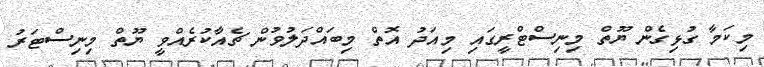
މިކަމާ ގުޅިގެން ޔޫތް މިނިސްޓްރީގައި މިއަދު އޮތް މިބައްދަލުވުން ޗެއާކުރެއްވީ ޔޫތް މިނިސްޓަރު